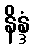
နိန္ဒံ